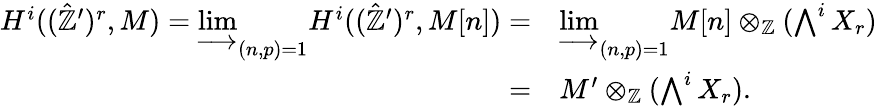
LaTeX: \begin{array}{rl}{H^{i}((\hat{{\mathbb Z}}^{\prime})^{r},M)=\varinjlim_{(n,p)=1}H^{i}((\hat{{\mathbb Z}}^{\prime})^{r},M[n])=}&{\varinjlim_{(n,p)=1}M[n]\otimes_{{\mathbb Z}}(\bigwedge^{i}X_{r})}\\ {=}&{M^{\prime}\otimes_{{\mathbb Z}}(\bigwedge^{i}X_{r}).}\end{array}